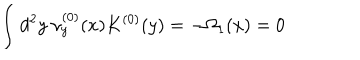
\int d ^ { 2 } y ~ \nu _ { y } ^ { ( 0 ) } ( x ) K ^ { ( 0 ) } ( y ) = - \Omega _ { 1 } ( x ) = 0